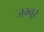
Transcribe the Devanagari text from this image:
जम्बूर